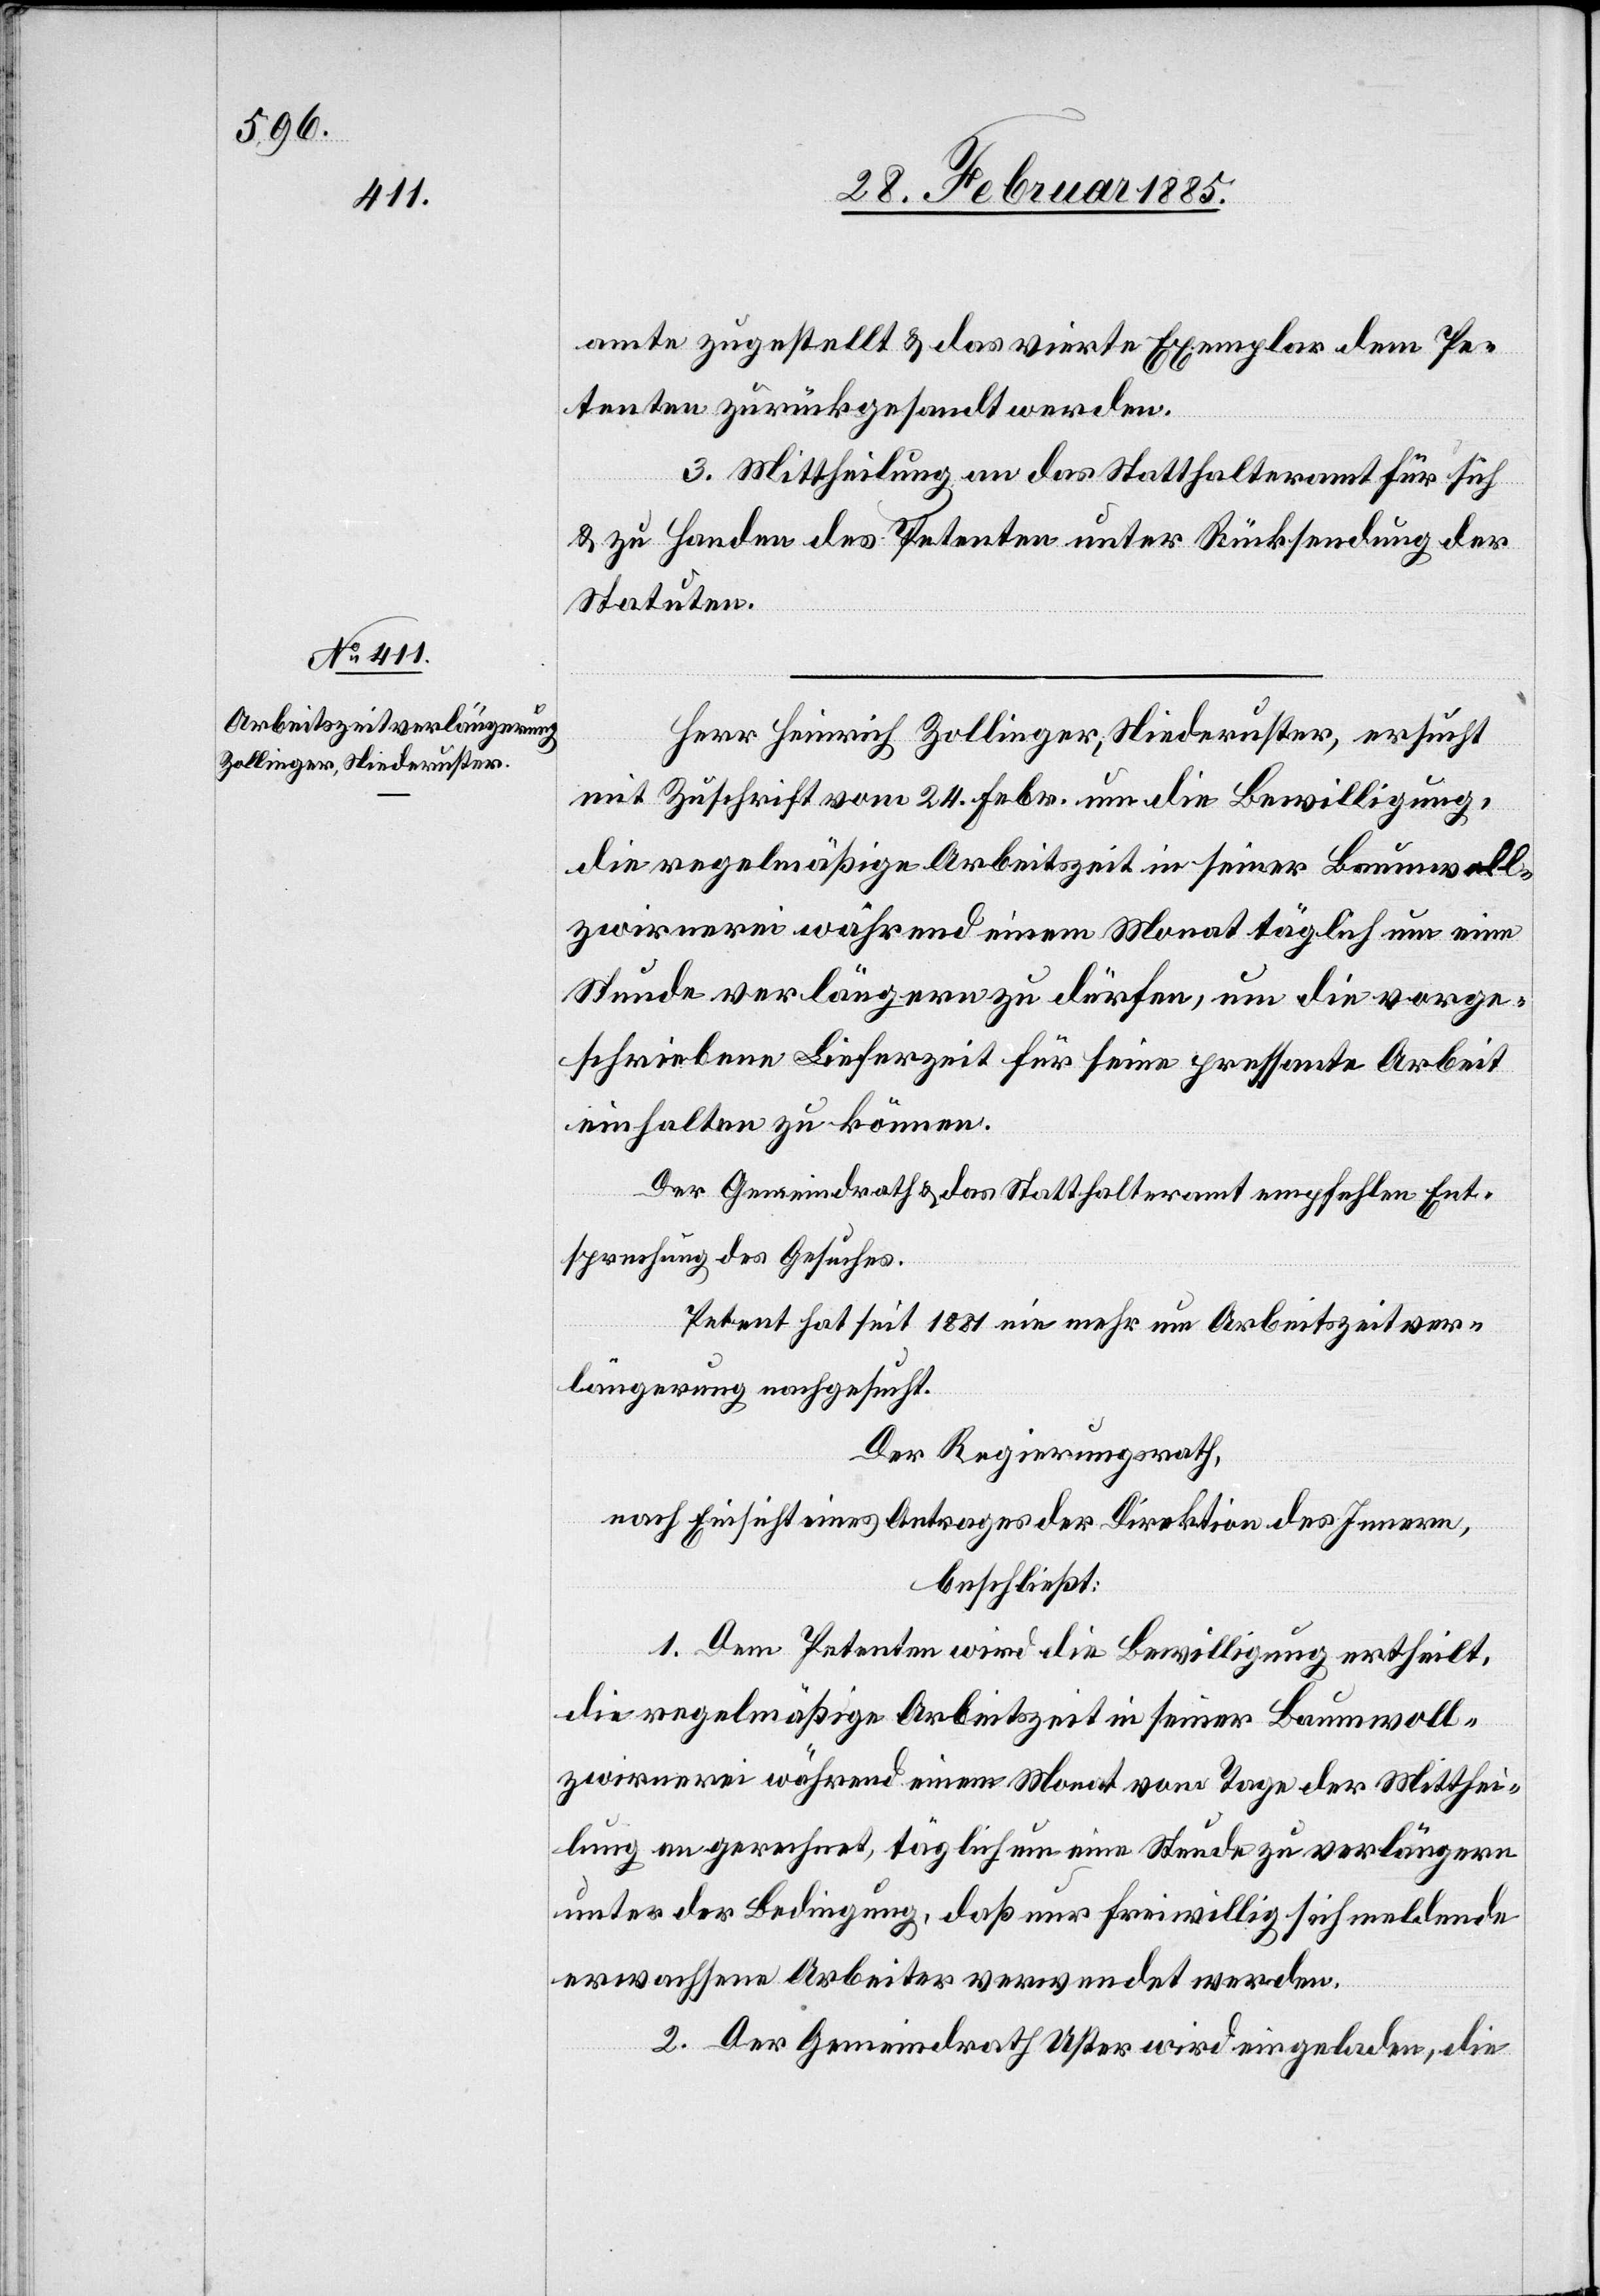
amte zugestellt & das vierte Exemplar dem Pe¬
tenten zurückgesandt werden.
3. Mittheilung an das Statthalteramt für sich
& zu Handen des Petenten unter Rücksendung der
Statuten.
Herr Heinrich Zollinger, Niederuster, ersuch
mit Zuschrift vom 24. Febr. um die Bewilligung,
die regelmäßige Arbeitszeit in seiner Baumwoll¬
zwirnerei während einem Monat täglich um eine
Stunde verlängern zu dürfen, um die vorge¬
schriebene Lieferzeit für seine pressante Arbeit
einhalten zu können.
Der Gemeindrath & das Statthalteramt empfehlen Ent¬
sprechung des Gesuches.
Petent hat seit 1881 nie mehr um Arbeitszeitver¬
längerung nachgesucht.
Der Regierungsrath,
nach Einsicht eines Antrages der Direktion des Innern,
beschließt:
1. Dem Petenten wird die Bewilligung ertheilt,
die regelmäßige Arbeitszeit in seiner Baumwoll¬
zwirnerei während einem Monat vom Tage der Mitthei¬
lung an gerechnet, täglich um eine Stunde zu verlängern
unter der Bedingung, daß nur freiwillig sich meldende
erwachsene Arbeiter verwendet werden.
2. Der Gemeindrath Uster wird eingeladen, die